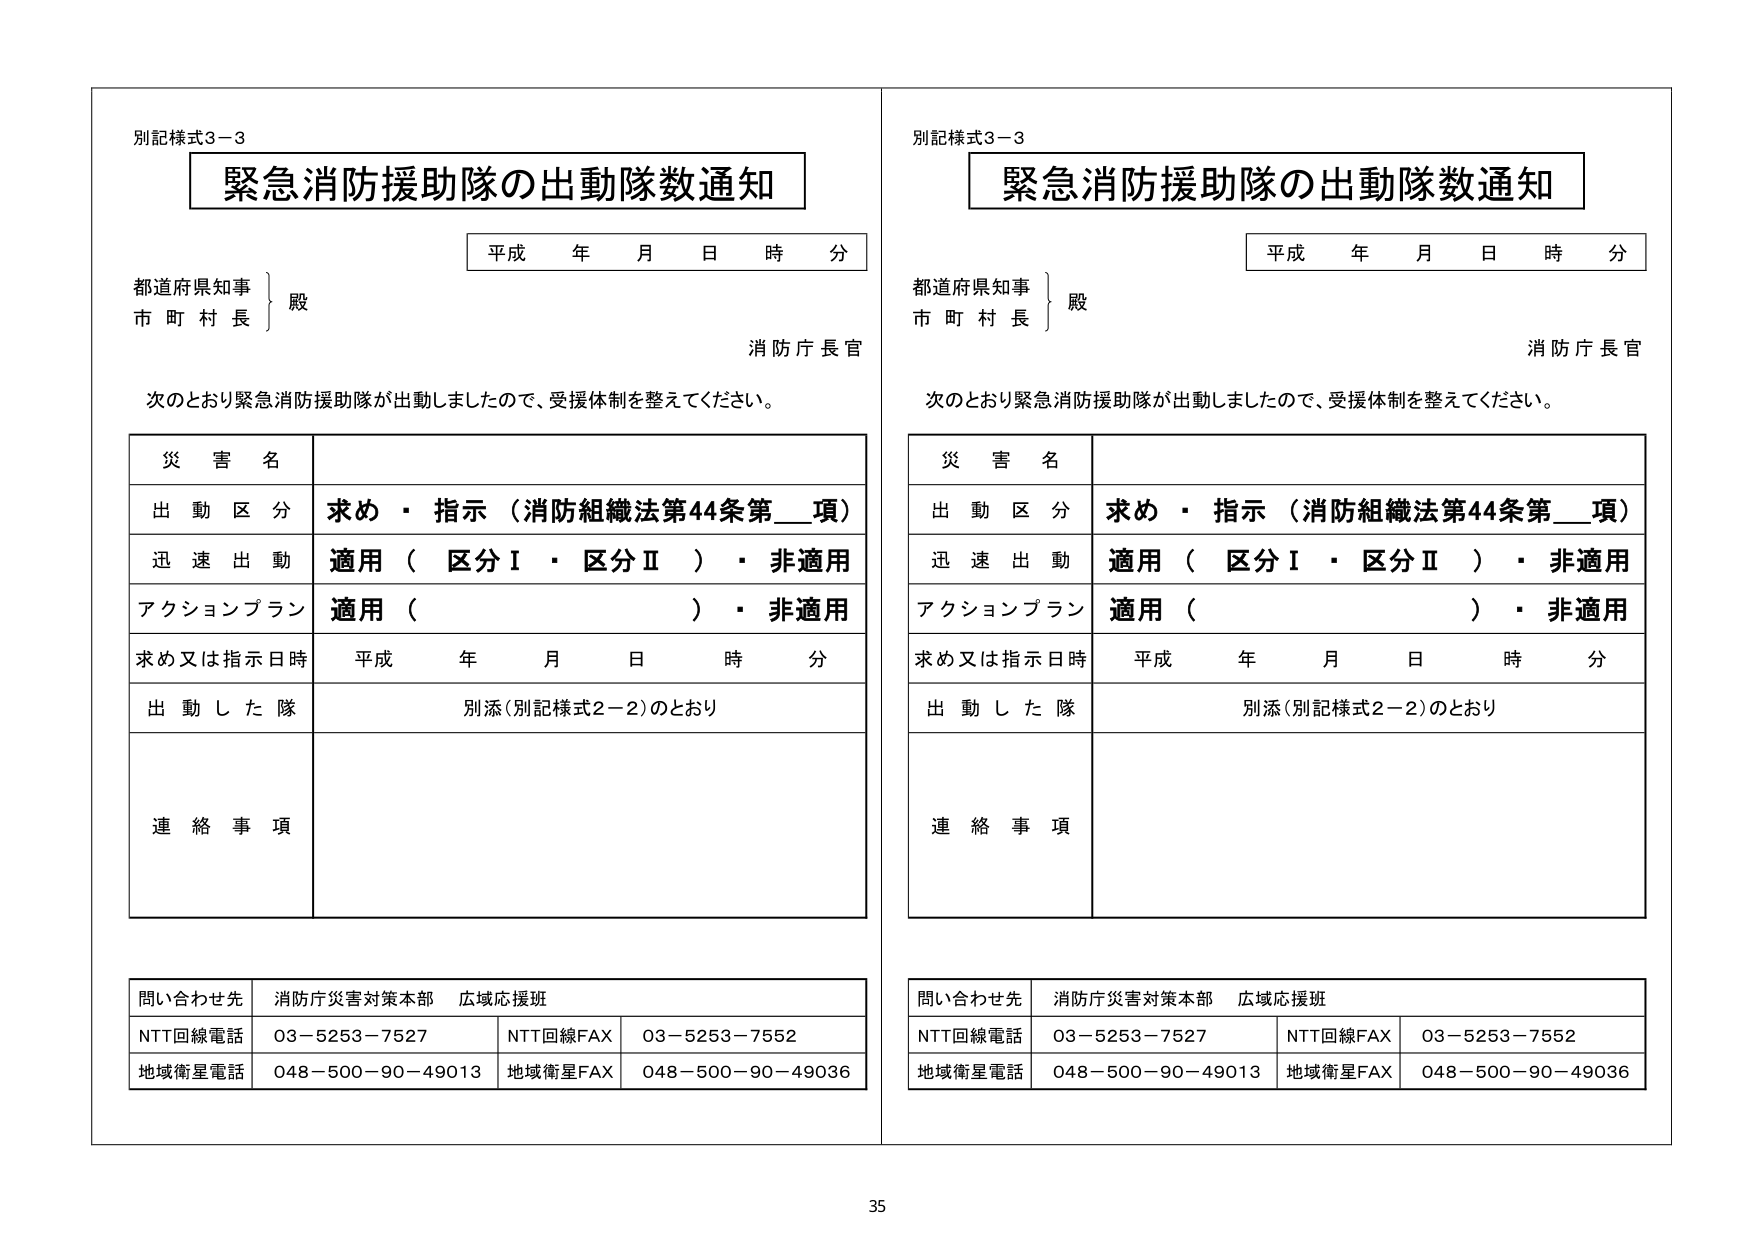
別記様式3－3
緊急消防援助隊の出動隊数通知
平成 年 月 日 時 分
都道府県知事
市 町 村 長
殿
消防庁長官
次のとおり緊急消防援助隊が出動しましたので、受援体制を整えてください。
災 害 名
出 動 区 分 求め・指示（消防組織法第44条第__項）
迅 速 出 動 適用（区分Ⅰ・区分Ⅱ）・非適用
アクションプラン 適用（ ）・非適用
求め又は指示日時 平成 年 月 日 時 分
出 動 し た 隊 別添（別記様式2－2）のとおり
連 絡 事 項
問い合わせ先 消防庁災害対策本部 広域応援班
NTT回線電話 03－5253－7527 NTT回線FAX 03－5253－7552
地域衛星電話 048－500－90－49013 地域衛星FAX 048－500－90－49036

別記様式3－3
緊急消防援助隊の出動隊数通知
平成 年 月 日 時 分
都道府県知事
市 町 村 長
殿
消防庁長官
次のとおり緊急消防援助隊が出動しましたので、受援体制を整えてください。
災 害 名
出 動 区 分 求め・指示（消防組織法第44条第__項）
迅 速 出 動 適用（区分Ⅰ・区分Ⅱ）・非適用
アクションプラン 適用（ ）・非適用
求め又は指示日時 平成 年 月 日 時 分
出 動 し た 隊 別添（別記様式2－2）のとおり
連 絡 事 項
問い合わせ先 消防庁災害対策本部 広域応援班
NTT回線電話 03－5253－7527 NTT回線FAX 03－5253－7552
地域衛星電話 048－500－90－49013 地域衛星FAX 048－500－90－49036

35